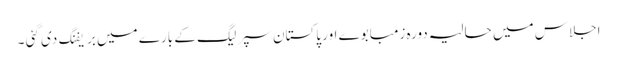
اجلاس میں حالیہ دورہ زمبابوے اور پاکستان سپر لیگ کے بارے میں بریفنگ دی گئی ۔